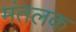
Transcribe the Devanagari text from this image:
मंतलक